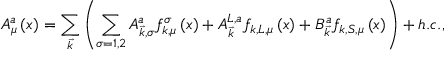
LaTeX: A _ { \mu } ^ { a } \left( x \right) = \sum _ { \vec { k } } \left( \sum _ { \sigma = 1 , 2 } A _ { \vec { k } , \sigma } ^ { a } f _ { k , \mu } ^ { \sigma } \left( x \right) + A _ { \vec { k } } ^ { L , a } f _ { k , L , \mu } \left( x \right) + B _ { \vec { k } } ^ { a } f _ { k , S , \mu } \left( x \right) \right) + h . c . ,